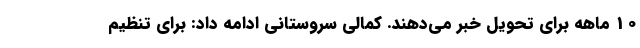
10 ماهه برای تحویل خبر می‌دهند. کمالی سروستانی ادامه داد: برای تنظیم